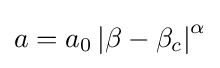
a=a_{0}\left\vert \beta -\beta _{c}\right\vert ^{\alpha }